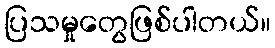
ပြသမှုတွေဖြစ်ပါတယ်။